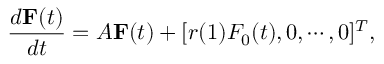
\frac { d { \bf F } ( t ) } { d t } = A { \bf F } ( t ) + [ r ( 1 ) F _ { 0 } ( t ) , 0 , \cdots , 0 ] ^ { T } ,